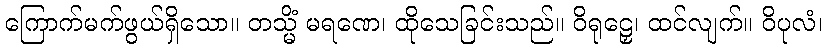
ကြောက်မက်ဖွယ်ရှိသော။ တသ္မိံ မရဏေ၊ ထိုသေခြင်းသည်။ ဝိရုဠှေ၊ ထင်လျက်။ ဝိပုလံ၊